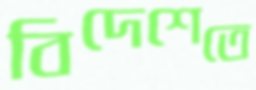
বিদেশেতে